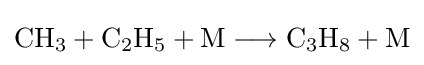
{\mathrm {CH} {\vphantom {A}}_{\smash[{t}]{3}}{}+{}\mathrm {C} {\vphantom {A}}_{\smash[{t}]{2}}\mathrm {H} {\vphantom {A}}_{\smash[{t}]{5}}{}+{}\mathrm {M} {}\mathrel {\longrightarrow } {}\mathrm {C} {\vphantom {A}}_{\smash[{t}]{3}}\mathrm {H} {\vphantom {A}}_{\smash[{t}]{8}}{}+{}\mathrm {M} }